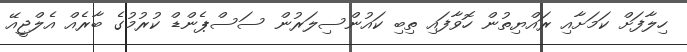
ހިލާފަށް ކަަމަށާއި ރައްޔިތުން ހޮވާފައި ތިބި ކައުންސިލަރުން ސަސްޕެންޑް ކުރުމުގެ ބާރެއް އެލްޖީއޭ